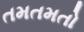
તમતમતો